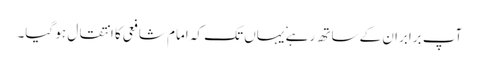
آپ برابران کے ساتھ رہے ٗ یہاں تک کہ امام شافعی کا انتقال ہو گیا۔